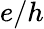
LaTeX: e/h